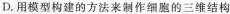
D.用模型构建的方法来制作细胞的三维结构